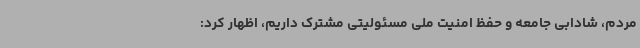
مردم، شادابی جامعه و حفظ امنیت ملی مسئولیتی مشترک داریم، اظهار کرد: